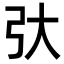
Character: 𫸥